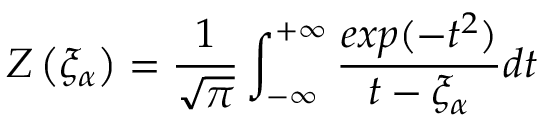
Z \left( \xi _ { \alpha } \right) = \frac { 1 } { \sqrt { \pi } } \int _ { - \infty } ^ { + \infty } \frac { e x p ( - t ^ { 2 } ) } { t - \xi _ { \alpha } } d t